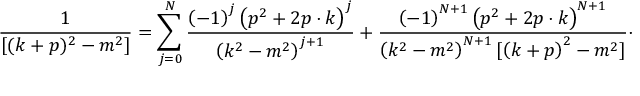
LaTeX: \frac { 1 } { [ ( k + p ) ^ { 2 } - m ^ { 2 } ] } = \sum _ { j = 0 } ^ { N } \frac { \left( - 1 \right) ^ { j } \left( p ^ { 2 } + 2 p \cdot k \right) ^ { j } } { \left( k ^ { 2 } - m ^ { 2 } \right) ^ { j + 1 } } + \frac { \left( - 1 \right) ^ { N + 1 } \left( p ^ { 2 } + 2 p \cdot k \right) ^ { N + 1 } } { \left( k ^ { 2 } - m ^ { 2 } \right) ^ { N + 1 } [ \left( k + p \right) ^ { 2 } - m ^ { 2 } ] } \cdot